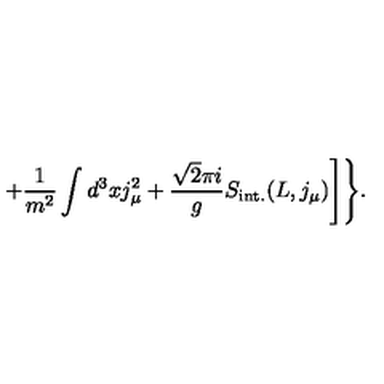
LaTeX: + \frac { 1 } { m ^ { 2 } } \int d ^ { 3 } x j _ { \mu } ^ { 2 } + \frac { \sqrt { 2 } \pi i } { g } S _ { \mathrm { i n t . } } ( L , j _ { \mu } ) \Biggr ] \Biggr \} .